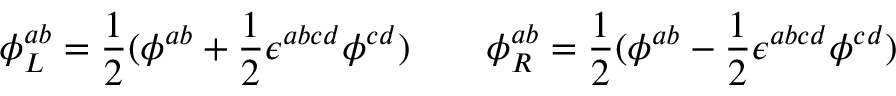
\phi _ { L } ^ { a b } = \frac 1 2 ( \phi ^ { a b } + \frac 1 2 \epsilon ^ { a b c d } \phi ^ { c d } ) \quad \quad \phi _ { R } ^ { a b } = \frac 1 2 ( \phi ^ { a b } - \frac 1 2 \epsilon ^ { a b c d } \phi ^ { c d } )